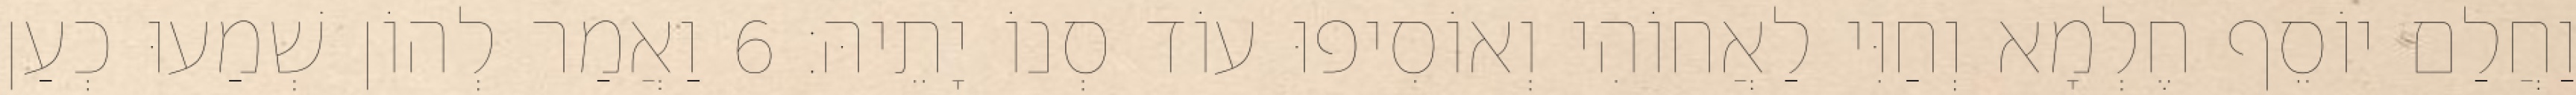
וַחֲלַם יוֹסֵף חֶלְמָא וְחַוִּי לַאֲחוֹהִי וְאוֹסִיפוּ עוֹד סְנוֹ יָתֵיהּ׃ 6 וַאֲמַר לְהוֹן שְׁמַעוּ כְעַן